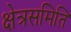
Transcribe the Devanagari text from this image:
क्षेत्रसमिति